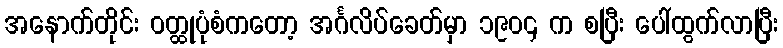
အနောက်တိုင်း ဝတ္ထုပုံစံကတော့ အင်္ဂလိပ်ခေတ်မှာ ၁၉၀၄ က စပြီး ပေါ်ထွက်လာပြီး